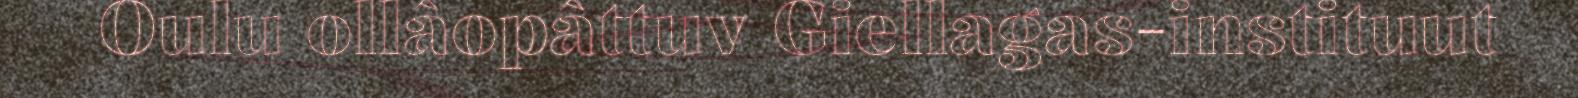
Oulu ollâopâttuv Giellagas-instituut